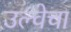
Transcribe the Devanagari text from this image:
उल्वेचा